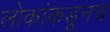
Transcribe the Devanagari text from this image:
लोकांकडूनच